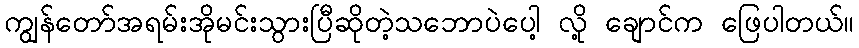
ကျွန်တော်အရမ်းအိုမင်းသွားပြီဆိုတဲ့သဘောပဲပေါ့ လို့ ချောင်က ဖြေပါတယ်။